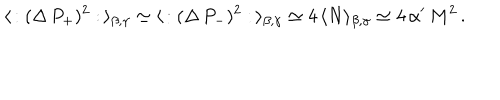
LaTeX: \langle \, : ( \Delta \, P _ { + } ) ^ { 2 } : \, \rangle _ { \beta , \gamma } \simeq \langle \, : ( \Delta \, P _ { - } ) ^ { 2 } : \, \rangle _ { \beta , \gamma } \simeq 4 \, \langle N \rangle _ { \beta , \gamma } \simeq 4 \, \alpha ^ { \prime } \, M ^ { 2 } \, .